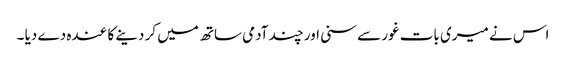
اس نے میری بات غور سے سنی اور چند آدمی ساتھ میں کر دینے کا عندہ دے دیا ۔